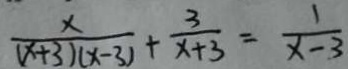
\frac { x } { ( x + 3 ) ( x - 3 ) } + \frac { 3 } { x + 3 } = \frac { 1 } { x - 3 }